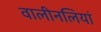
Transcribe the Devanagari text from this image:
वालीनलियां